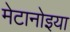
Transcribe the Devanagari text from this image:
मेटानोइया